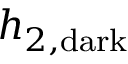
h _ { 2 , \mathrm { d a r k } }